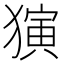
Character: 𬍅